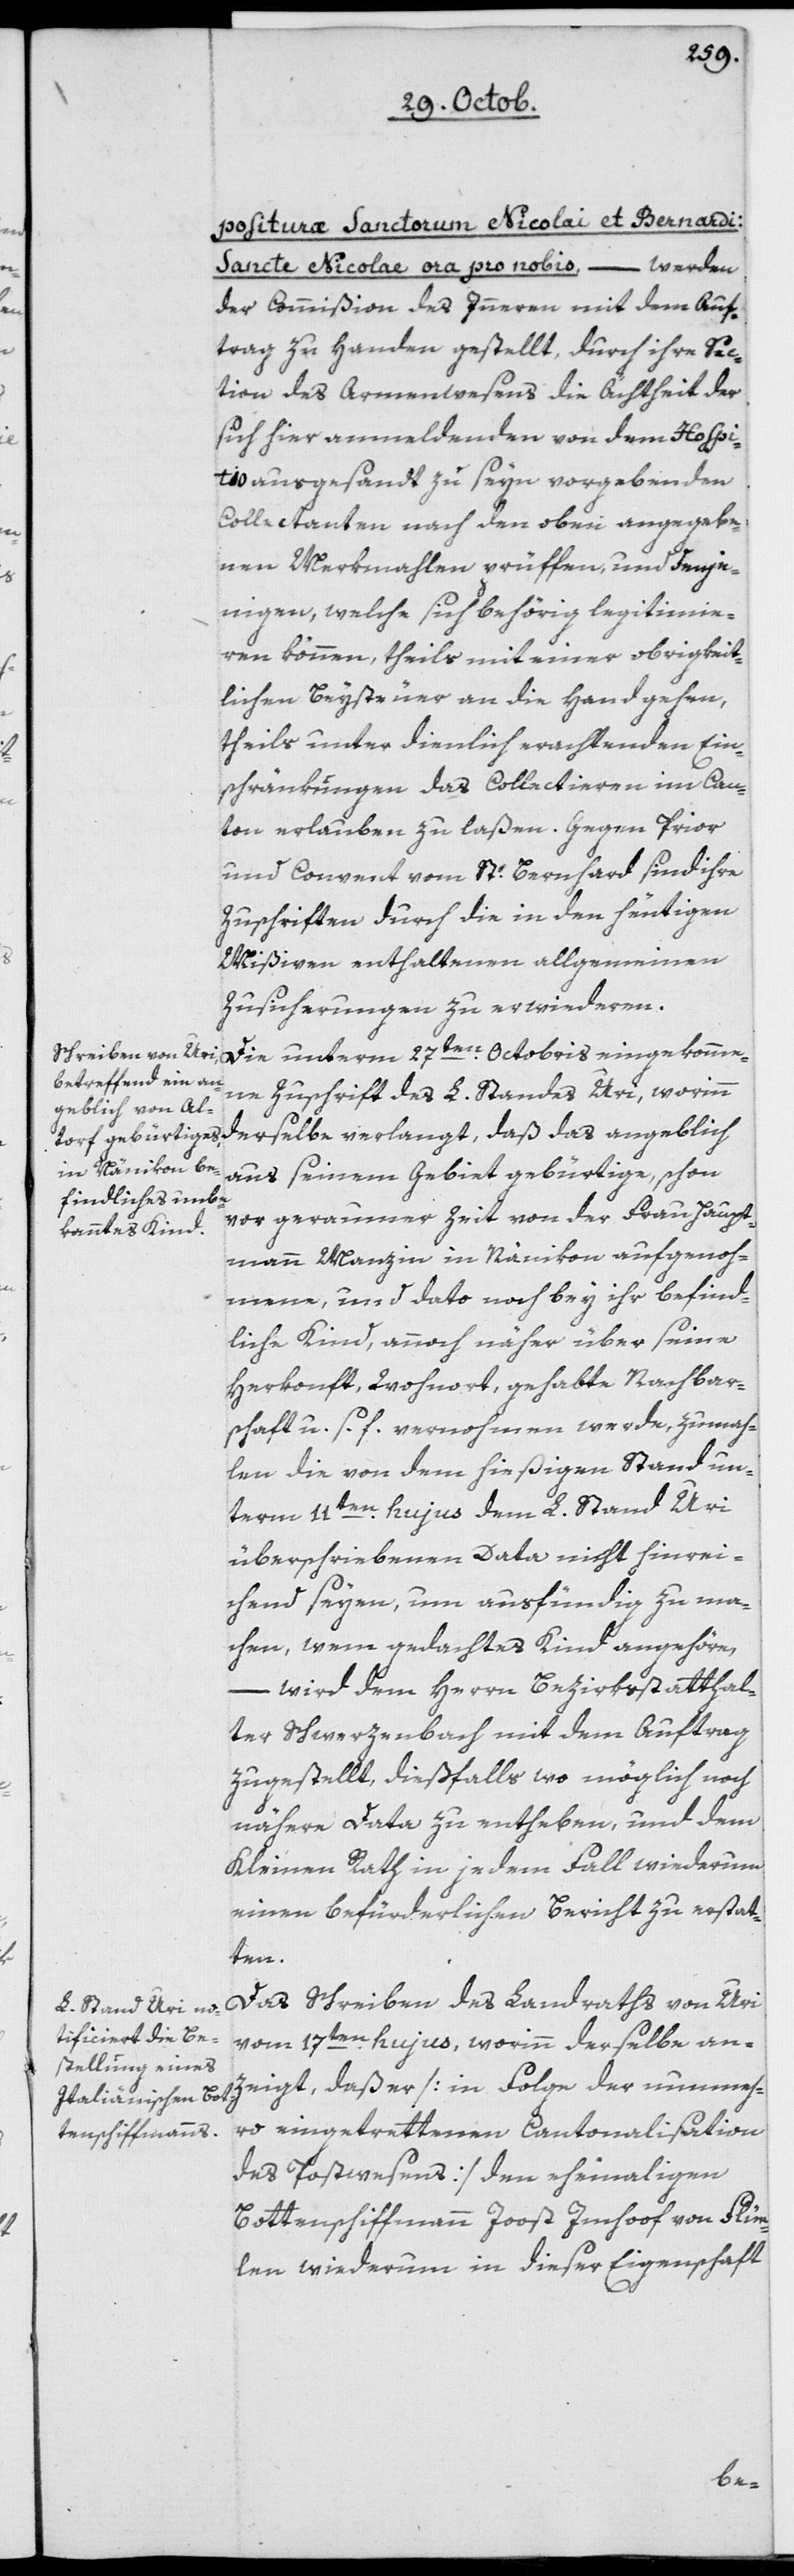
positurae Sanctorum Nicolai et Bernardi:
Sancte Nicolae ora pro nobis, – werden
der Commißion des Inneren mit dem Auf¬
trag zu Handen gestellt, durch ihre Sec¬
tion des Armenwesens die Ächtheit der
sich hier Anmeldenden, von dem Hospi¬
tio ausgesandt zu seyn vorgebenden
Collectanten, nach den oben angegebe¬
nen Merkmalen prüfen, und denje¬
nigen, welche sich behörig legitimie¬
ren können, theils mit einer obrigkeit¬
lichen Beysteuer an die Hand gehen,
theils unter dienlich erachtenden Ein¬
schränkungen das Collectieren im Can¬
ton erlauben zu laßen. Gegen Prior
und Convent vom St. Bernhard sind ihre
Zuschriften durch die in den heutigen
Mißiven enthaltenen allgemeinen
Zusicherungen zu erwideren.
Die unterm 27ten Octobris eingekomme¬
ne Zuschrift des L. Standes Uri, worinn
derselbe verlangt, daß das angeblich
aus seinem Gebiet gebürtige, schon
vor geraumer Zeit von der Frau Haupt¬
mann Manz in Nänikon aufgenoh¬
mene, und dato noch bey ihr befind¬
liche Kind, annoch näher über seine
Herkunft, Wohnort, gehabte Nachbar¬
schaft u.s.f. vernohmen werde, zumah¬
len die von dem hießigen Stand un¬
term 11ten hujus dem L. Stand Uri
überschriebenen Data nicht hinrei¬
chend seyen, um ausfündig zu ma¬
chen, wem gedachtes Kinde angehöre,
– wird dem Herrn Bezirksstatthal¬
ter Schwerzenbach mit dem Auftrag
zugestellt, dießfalls wo möglich noch
nähere Data zu entheben, und dem
Kleinen Rath in jedem Fall wiederum
einen befürderlichen Bericht zu erstat¬
ten.
Das Schreiben des Landraths von Uri
vom 17ten hujus, worinn derselbe an¬
zeigt, daß er [in Folge der nunmeh¬
ro eingetrettenen Cantonalisation
des Postwesens] den ehemaligen
Bottenschiffmann Joost Imhoof von Flüe¬
len wiederum in dieser Eigenschaft